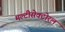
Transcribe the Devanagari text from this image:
मल्टीसेक्टोरल